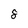
Character: 8